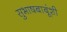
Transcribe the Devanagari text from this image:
सुभाषबाबूंशी